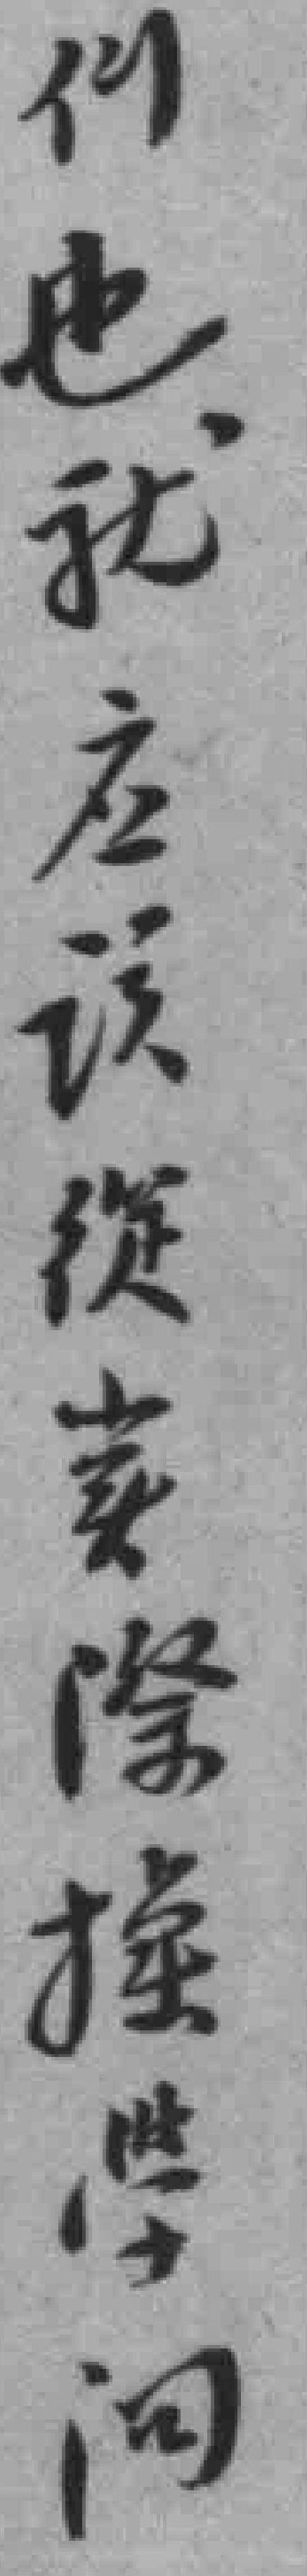
们也就应该從實際換學問